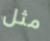
مثل